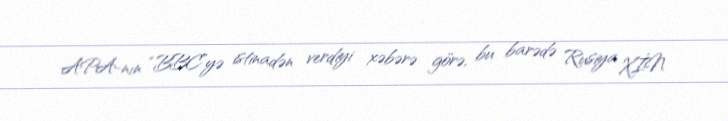
APA-nın “BBC”yə istinadən verdiyi xəbərə görə, bu barədə Rusiya XİN